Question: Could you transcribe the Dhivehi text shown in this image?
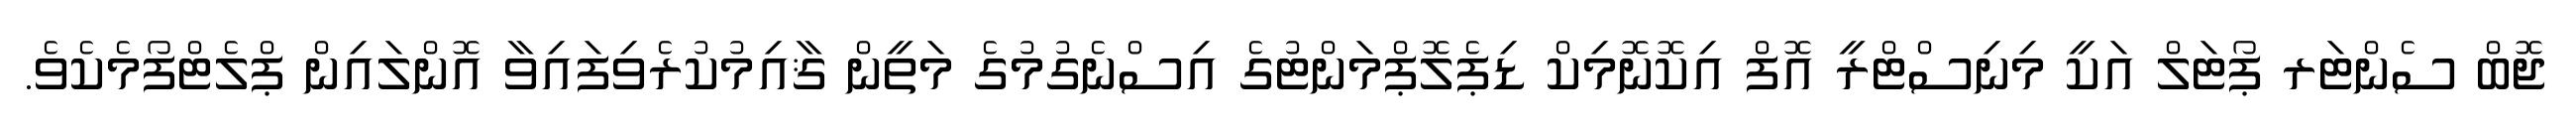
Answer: ޖޮބް ސެންޓަރ ޕޯޓަލް އަކީ މިނިސްޓްރީ އޮފް އިކޮނޮމިކް ޑިޕެލޮޕްމަންޓުގެ އިސްނެގުމުގެ މަތީން ޤާއިމުކުރެވިފައިވާ އޮންލައިން ޕްލެޓްފޯމެކެވެ.